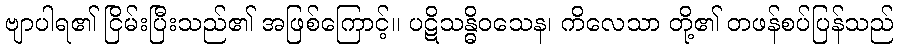
ဗျာပါရ၏ ငြိမ်းပြီးသည်၏ အဖြစ်ကြောင့်။ ပဋိသန္ဓိဝသေန၊ ကိလေသာ တို့၏ တဖန်စပ်ပြန်သည်